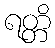
ရတ္တိ